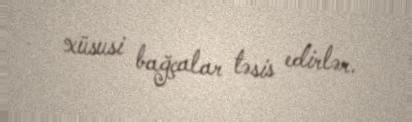
xüsusi bağçalar təsis edirlər.